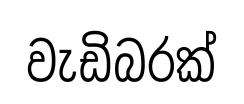
වැඩිබරක්